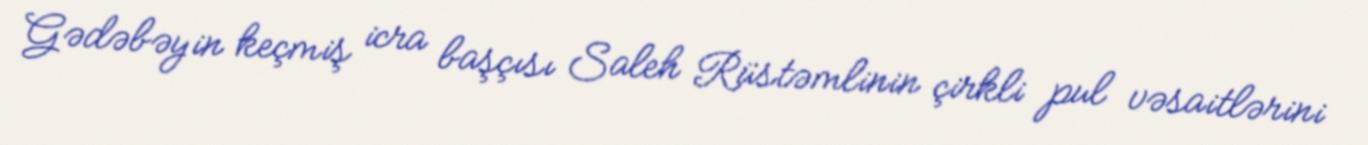
Gədəbəyin keçmiş icra başçısı Saleh Rüstəmlinin çirkli pul vəsaitlərini